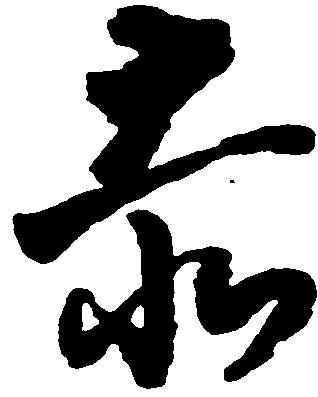
赤